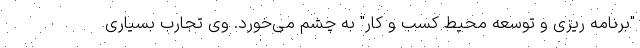
"برنامه ریزی و توسعه محیط کسب و کار" به چشم می‌خورد. وی تجارب بسیاری